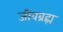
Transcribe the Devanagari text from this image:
जीवब्रह्म